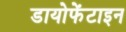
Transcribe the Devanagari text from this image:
डायोफेंटाइन